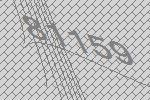
81159